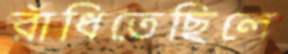
রাঁধিতেছিলে